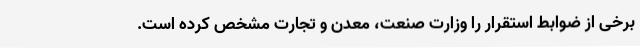
برخی از ضوابط استقرار را وزارت صنعت، معدن و تجارت مشخص کرده است.